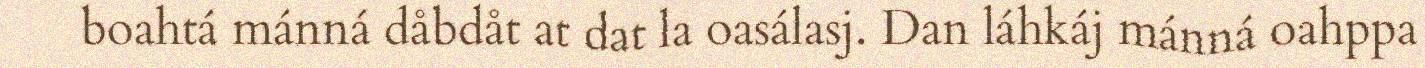
boahtá mánná dåbdåt at dat la oasálasj. Dan láhkáj mánná oahppa